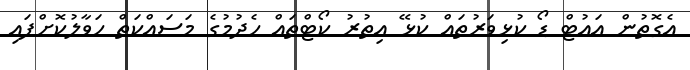
އެގޮތުން އައުޓް ޑޯ ކުޅިވަރުތައް ކުޅޭ އިތުރު ކޯޓްތައް ހެދުމުގެ މަސައްކަތް ހަވާލުކޮށްފައި